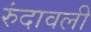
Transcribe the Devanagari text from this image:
रुंदावली